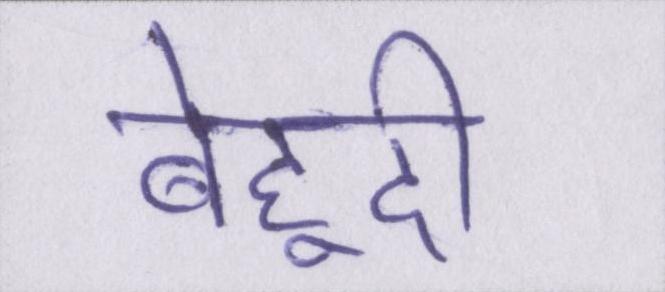
बेहूदी